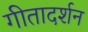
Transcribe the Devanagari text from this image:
गीतादर्शन